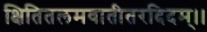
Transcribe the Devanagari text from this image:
क्षितितलमवातीतरदिदम्।।